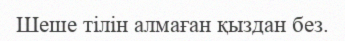
Шеше тілін алмаған қыздан без.